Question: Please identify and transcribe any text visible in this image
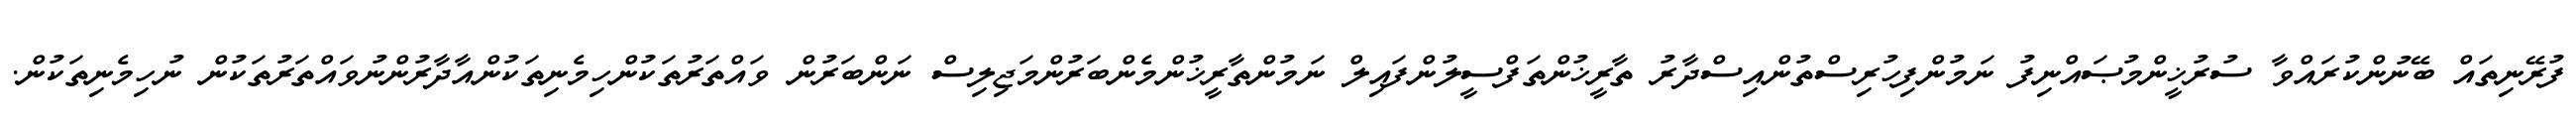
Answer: ފުރޭނިތައް ބޭނުންކުރައްވާ ސުރުޚީންމުޞައްނިފު ނަމުންފިހުރިސްތުންއިސްދާރު ތާރީޚުންތަފްސީލުންފައިލް ނަމުންތާރީޚުންމެންބަރުންމަޖިލިސް ނަންބަރުން ވައްތަރުތަކުންހިމެނިތަކުންއާދާރުންނުވައްތަރުތަކުން ނުހިމެނިތަކުން.